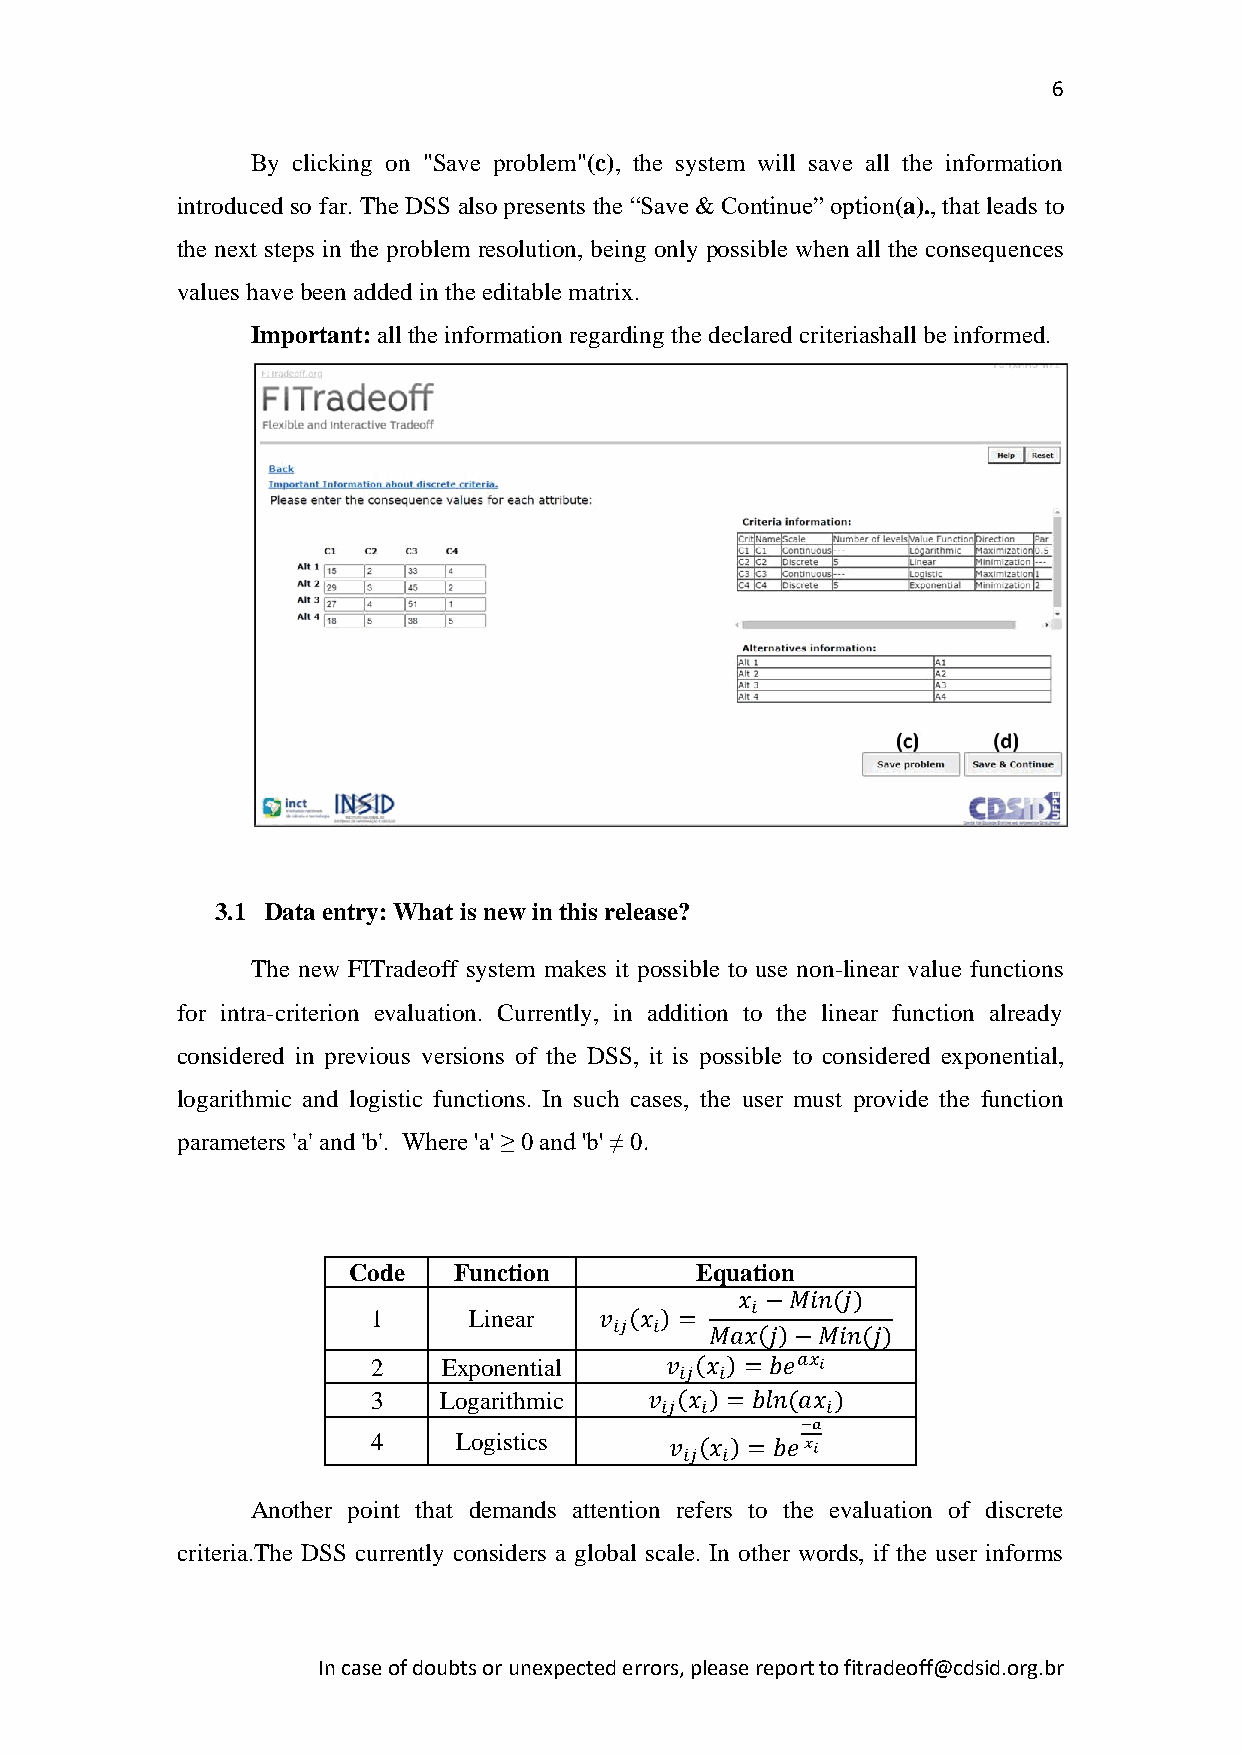
6
 By clicking on "Save problem"(c), the system will save all the information
 introduced so far. The DSS also presents the “Save & Continue” option(a)., that leads to
 the next steps in the problem resolution, being only possible when all the consequences
 values have been added in the editable matrix.
 Important: all the information regarding the declared criteriashall be informed.
 3.1 Data entry: What is new in this release?
 The new FITradeoff system makes it possible to use non-linear value functions
 for intra-criterion evaluation. Currently, in addition to the linear function already
 considered in previous versions of the DSS, it is possible to considered exponential,
 logarithmic and logistic functions. In such cases, the user must provide the function
 parameters 'a' and 'b'. Where 'a' ≥ 0 and 'b' ≠ 0.
 Code   Function        Equation
 𝑥 −𝑀𝑖𝑛(𝑗)
 𝑖
 1     Linear   𝑣 (𝑥 ) =
 𝑖𝑗 𝑖  𝑀𝑎𝑥(𝑗)−𝑀𝑖𝑛(𝑗)
 2   Exponential    𝑣 (𝑥 ) = 𝑏𝑒𝑎𝑥 𝑖
 𝑖𝑗 𝑖
 3   Logarithmic   𝑣 (𝑥 ) = 𝑏𝑙𝑛(𝑎𝑥 )
 𝑖𝑗 𝑖       𝑖
 −𝑎
 4    Logistics     𝑣 𝑖𝑗(𝑥 𝑖) = 𝑏𝑒𝑥𝑖
 Another point that demands attention refers to the evaluation of discrete
 criteria.The DSS currently considers a global scale. In other words, if the user informs
 In case of doubts or unexpected errors, please report to fitradeoff@cdsid.org.br